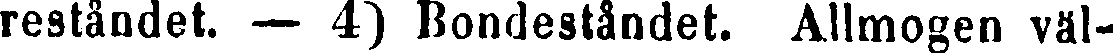
reståndet. — 4) Bondeståndet. Allmogen väl-